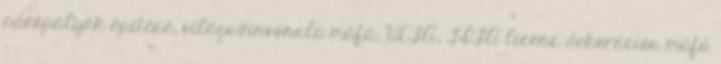
edzőpályák építése, világszínvonalú műfű, UEFA, FIFA licenc dekorációs műfű